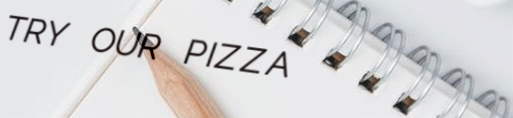
TRY OUR PIZZA